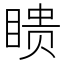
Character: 瞆